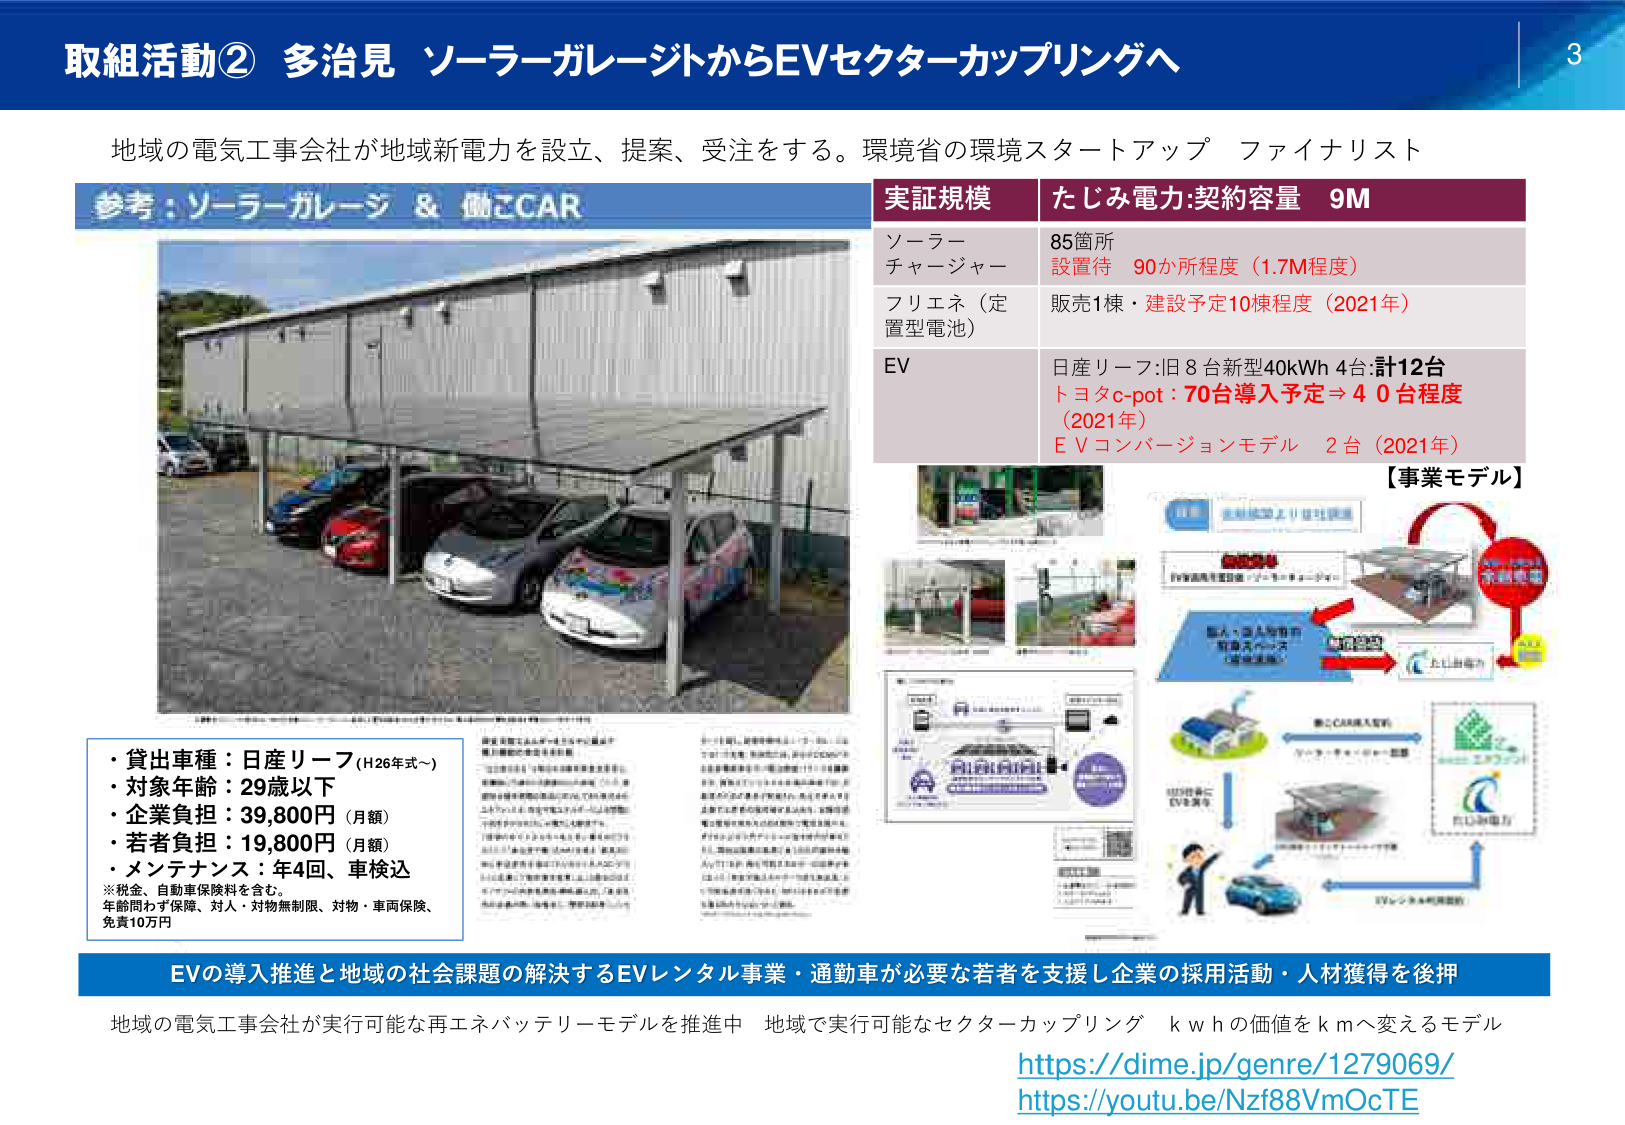
取組活動② 多治見 ソーラーガレージからEVセクターカップリングへ

地域の電気工事会社が地域新電力を設立、提案、受注をする。環境省の環境スタートアップ ファイナリスト

参考：ソーラーガレージ & 働こCAR

実証規模 たじみ電力:契約容量 9M

ソーラー
チャージャー
85箇所
設置待 90か所程度（1.7M程度）

フリエネ（定
置型電池）
販売1棟・建設予定10棟程度（2021年）

EV
日産リーフ:旧8台新型40kWh 4台:計12台
トヨタc-pot：70台導入予定⇒40台程度
（2021年）
EVコンバージョンモデル 2台（2021年）

【事業モデル】

・貸出車種：日産リーフ（H26年式～）
・対象年齢：29歳以下
・企業負担：39,800円（月額）
・若者負担：19,800円（月額）
・メンテナンス：年4回、車検込
※税金、自動車保険料を含む。
年齢問わず保障、対人・対物無制限、対物・車両保険、
免責10万円

EVの導入推進と地域の社会課題の解決するEVレンタル事業・通勤車が必要な若者を支援し企業の採用活動・人材獲得を後押

地域の電気工事会社が実行可能な再エネバッテリーモデルを推進中 地域で実行可能なセクターカップリング kwhの価値をkmへ変えるモデル

https://dime.jp/genre/1279069/
https://youtu.be/Nzf88VmOcTE